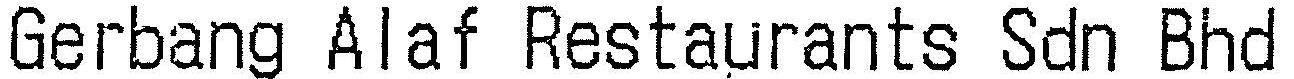
GERBANG ALAF RESTAURANTS SDN BHD